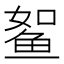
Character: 𱇫